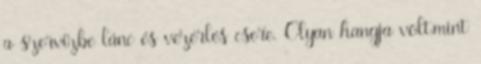
a szervízbe lánc és vezérlés csere. Olyan hangja volt,mint